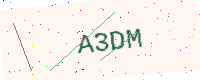
Text: A3DM